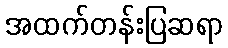
အထက်တန်းပြဆရာ